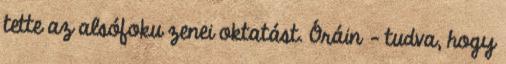
tette az alsófoku zenei oktatást. Óráin - tudva, hogy